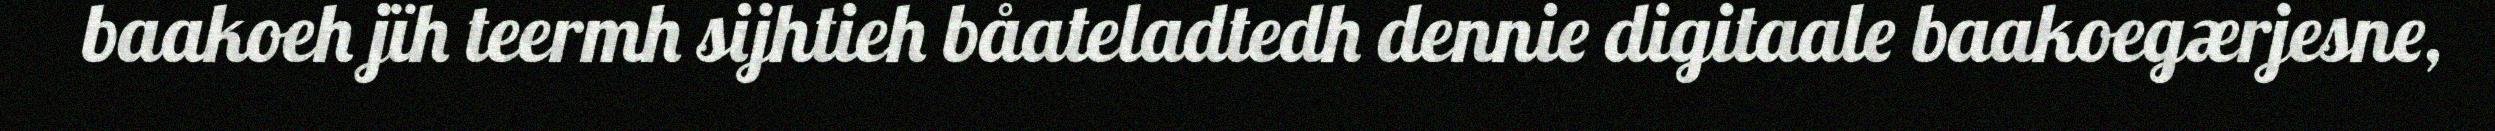
baakoeh jïh teermh sijhtieh båateladtedh dennie digitaale baakoegærjesne,